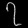
Digit: ၇